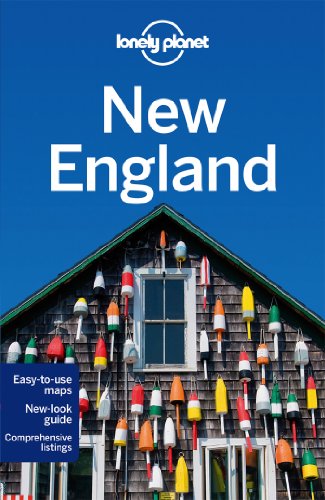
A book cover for Lonely Planet New England (Travel Guide); Lonely Planet; Travel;